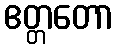
ဧတ္တတော